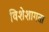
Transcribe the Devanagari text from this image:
विशेशागता